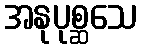
အနုပုစ္ဆသေ